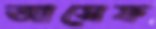
আসেফ